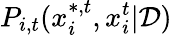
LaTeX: P_{i,t}(x_{i}^{*,t},x_{i}^{t}|\mathcal{D})